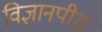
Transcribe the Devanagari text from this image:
विज्ञानपीठ